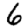
Digit: 6